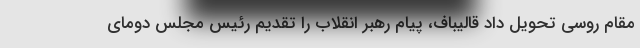
مقام روسی تحویل داد قالیباف، پیام رهبر انقلاب را تقدیم رئیس مجلس دومای